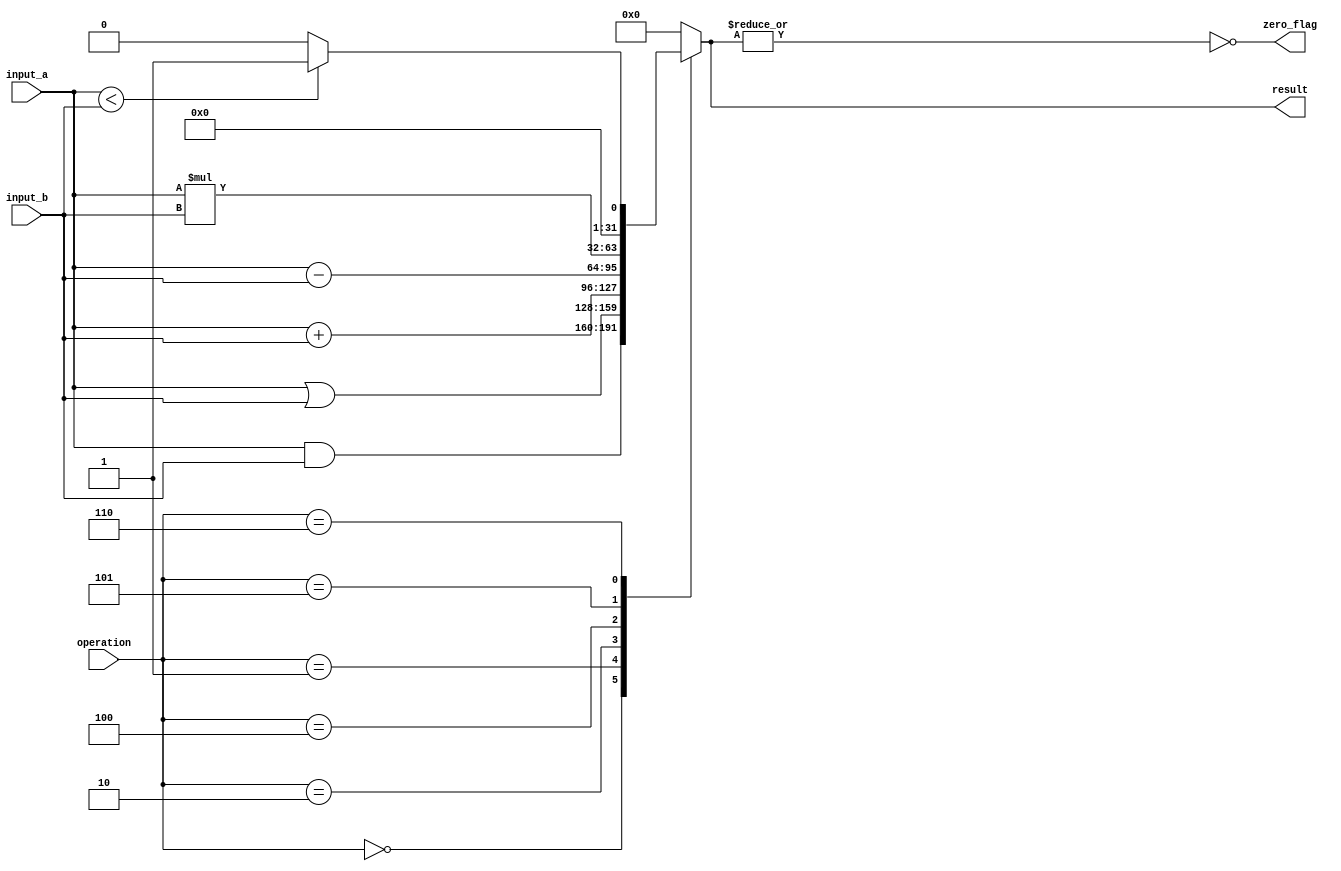
module ALU(
    input[31:0] input_a, input_b,
    input[2:0] operation,
    output reg[31:0] result,
    output zero_flag
);
    localparam  bit_and = 3'b000;
    localparam  bit_or  = 3'b001;
    localparam  add     = 3'b010;
    localparam  sub     = 3'b100;
    localparam  mult    = 3'b101;
    localparam  setless = 3'b110;
    // 111 and 011 are not used

    assign zero_flag = ~(|result);

    always @(*)
    begin
        case(operation)
        bit_and:
            result <= input_a & input_b;

        bit_or:
            result <= input_a | input_b;

        add:
            result <= input_a + input_b;

        sub:
            result <= input_a - input_b;

        mult:
            result <= input_a * input_b;

        setless:
            if(input_a < input_b)
                result <= 1;
            else
                result <= 0;

        default:
            result <= 0;
        endcase
    end
endmodule